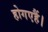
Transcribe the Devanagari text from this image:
होगएहैं।